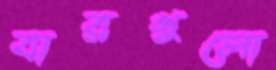
বারগুলো